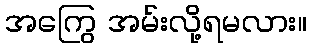
အကြွေ အမ်းလို့ရမလား။